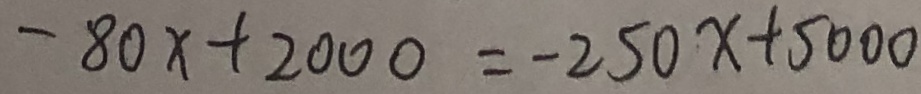
- 8 0 x + 2 0 0 0 = - 2 5 0 x + 5 0 0 0